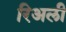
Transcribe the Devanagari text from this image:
रिअली